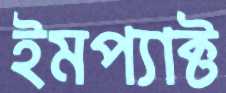
ইমপ্যাক্ট